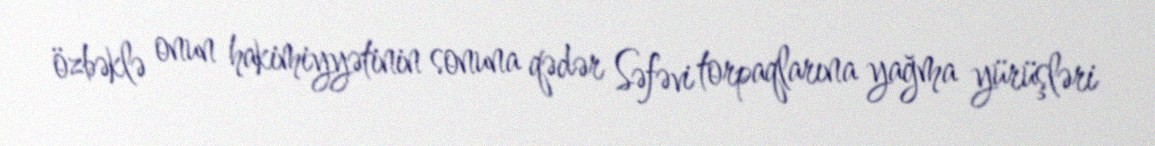
özbəklə onun hakimiyyətinin sonuna qədər Səfəvi torpaqlarına yağma yürüşləri